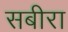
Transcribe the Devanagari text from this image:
सबीरा